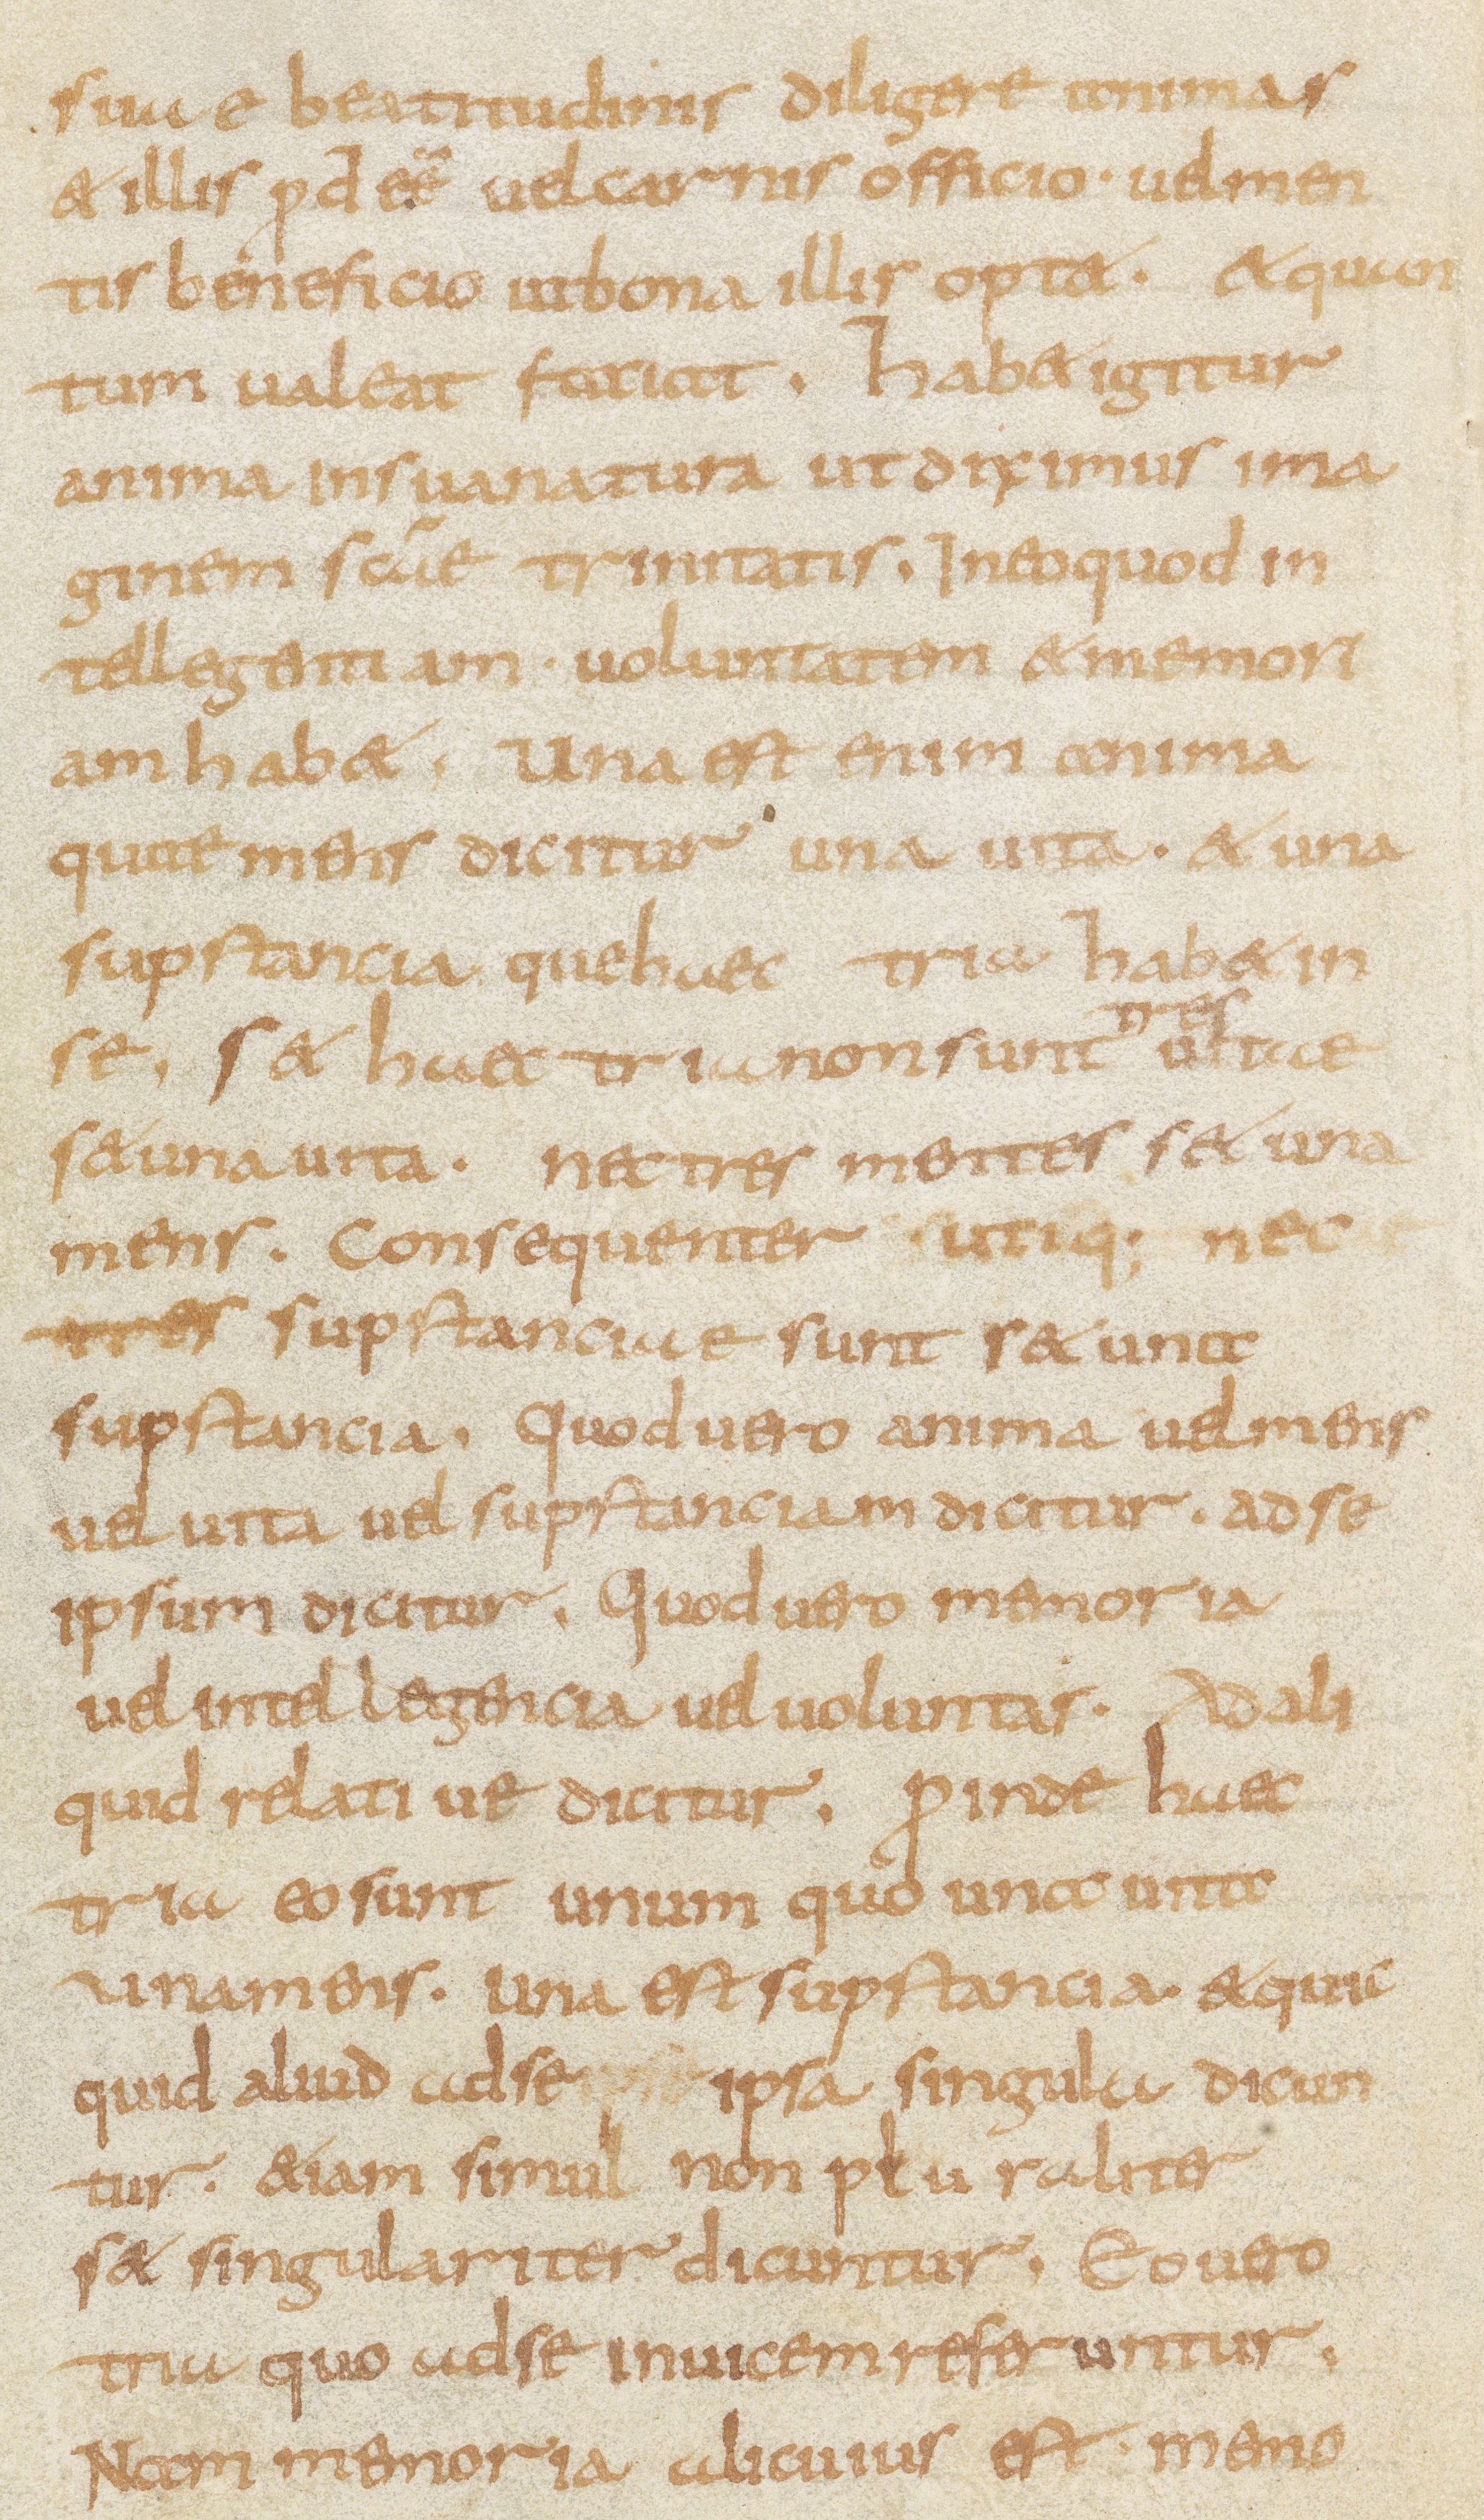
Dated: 800–899